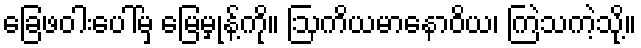
ခြေဖဝါးပေါ်မှ မြေမှုန့်ကို။ ဩကိယမာနောဝိယ၊ ကြဲသကဲ့သို့။